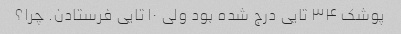
پوشک ۳۴ تایی درج شده بود ولی ۱۰ تایی فرستادن. چرا؟